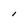
Character: I